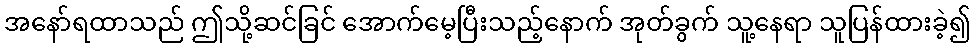
အနော်ရထာသည် ဤသို့ဆင်ခြင် အောက်မေ့ပြီးသည့်နောက် အုတ်ခွက် သူ့နေရာ သူပြန်ထားခဲ့၍